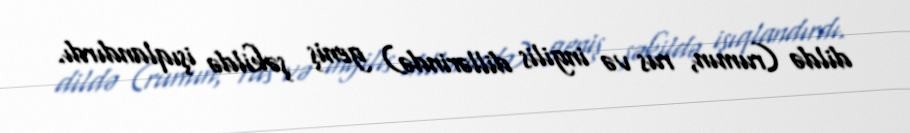
dildə (rumın, rus və ingilis dillərində) geniş şəkildə işıqlandırdı.